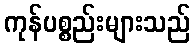
ကုန်ပစ္စည်းများသည်